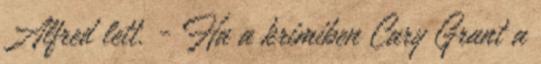
Alfred lett. - Ha a krimiben Cary Grant a